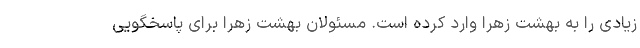
زیادی را به بهشت زهرا وارد کرده است. مسئولان بهشت زهرا برای پاسخگویی